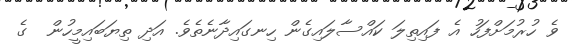
ވެ ހުރުމަށްފަހު އެ ފައިތިލަ ކައްސާލައިގެން ހިނގައިދާނެތެވެ. އަދި ތިޔަބައިމީހުން  ގެ